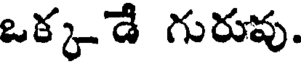
ఒక్కడే గురువు.